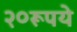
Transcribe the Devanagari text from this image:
२०रूपये